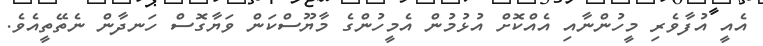
އެއީ އުފާވެރި މީހުންނާއި އެއްކޮށް އުޅުމުން އެމީހުންގެ މާޔޫސްކަން ވަޔާގޮސް ހަނދާން ނެތޭތީއެވެ.